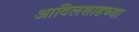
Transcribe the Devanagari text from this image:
आदिलशाहच्या